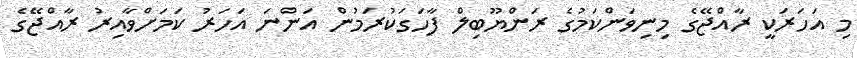
މި އަހަރަކީ ރާއްޖޭގެ މިނިވަންކަމުގެ ރަންޔޫބިލް ފާހަގަކުރަމުން އަންނަ އަހަރު ކަމަށްވާއިރު ރާއްޖޭގެ